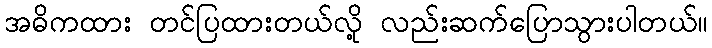
အဓိကထား တင်ပြထားတယ်လို့ လည်းဆက်ပြောသွားပါတယ်။